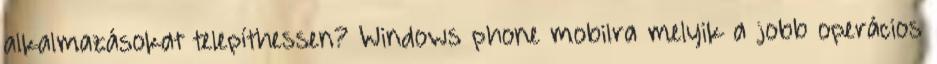
alkalmazásokat telepíthessen? Windows phone mobilra melyik a jobb operácios